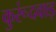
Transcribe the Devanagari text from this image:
कुरूंदवाड़